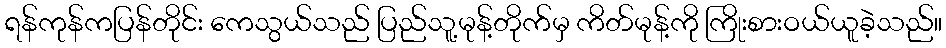
ရန်ကုန်ကပြန်တိုင်း ကေသွယ်သည် ပြည်သူ့မုန့်တိုက်မှ ကိတ်မုန့်ကို ကြိုးစားဝယ်ယူခဲ့သည်။